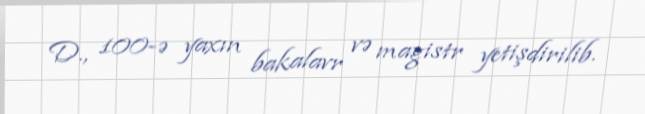
D., 100-ə yaxın bakalavr və magistr yetişdirilib.